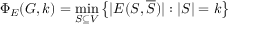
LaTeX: \Phi _ { E } ( G , k ) = \operatorname* { m i n } _ { S \subseteq V } \left\{ | E ( S , { \overline { { S } } } ) | : | S | = k \right\}